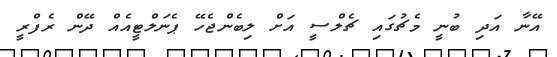
އޭނާ އަދި ބުނީ މެޗުގައި ޗެލްސީ އަށް ލިބެންޖެހޭ ޕެނަލްޓީއެއް ދޭން ރެފްރީ